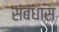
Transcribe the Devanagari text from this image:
संबंधास